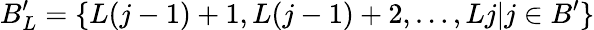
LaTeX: B_{L}^{\prime}=\{ L(j-1)+1,L(j-1)+2,\ldots,Lj|j\in B^{\prime}\}